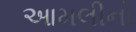
આમલીનો